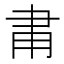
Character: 𬎾